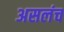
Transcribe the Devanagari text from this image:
असलंच